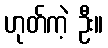
ဟုတ်ကဲ့ ဦး။